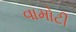
વામોટી